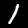
Label: 1